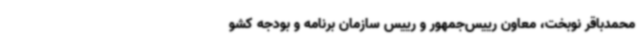
محمدباقر نوبخت، معاون رییس‌جمهور و رییس سازمان برنامه و بودجه کشو